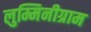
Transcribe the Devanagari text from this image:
लुम्मिनीग्राम